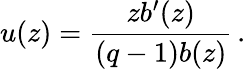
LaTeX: u(z)=\frac{zb^{\prime}(z)}{(q-1)b(z)}\, .